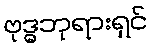
ဗုဒ္ဓဘုရားရှင်